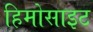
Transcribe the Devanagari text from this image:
हिमोसाइट